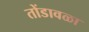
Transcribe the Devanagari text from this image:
तोंडावळा